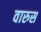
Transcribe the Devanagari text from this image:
वारुस